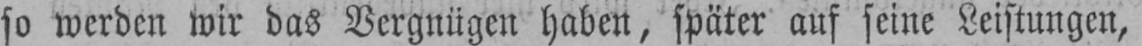
so werden wir das Vergnügen haben, später auf seine Leistungen,